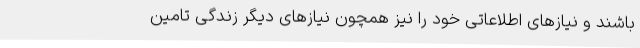
باشند و نیازهای اطلاعاتی خود را نیز همچون نیازهای دیگر زندگی تامین